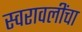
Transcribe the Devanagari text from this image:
स्वरावलींचा